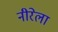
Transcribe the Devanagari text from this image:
नीरेला